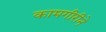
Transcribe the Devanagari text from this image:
कामगीरीने